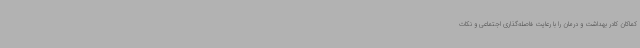
کماکان کادر بهداشت و درمان را با رعایت فاصله‌گذاری اجتماعی و نکات